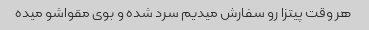
هر وقت پیتزا رو سفارش میدیم سرد شده و بوی مقواشو میده